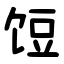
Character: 饾